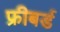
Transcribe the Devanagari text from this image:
फ्रीबर्ड